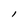
Character: l